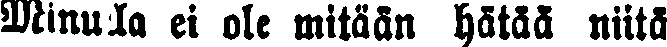
Minulla ei ote mitään hätää niitä